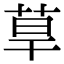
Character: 䓍